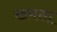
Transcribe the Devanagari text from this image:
खमसा